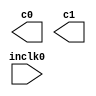
// megafunction wizard: %ALTPLL%VBB%
// GENERATION: STANDARD
// VERSION: WM1.0
// MODULE: altpll 

// ============================================================
// Megafunction Name(s):
// 			altpll
//
// Simulation Library Files(s):
// 			altera_mf
// ============================================================
// ************************************************************
// THIS IS A WIZARD-GENERATED FILE. DO NOT EDIT THIS FILE!
//
// 20.1.1 Build 720 11/11/2020 SJ Lite Edition
// ************************************************************

//Copyright (C) 2020  Intel Corporation. All rights reserved.
//Your use of Intel Corporation's design tools, logic functions 
//and other software and tools, and any partner logic 
//functions, and any output files from any of the foregoing 
//(including device programming or simulation files), and any 
//associated documentation or information are expressly subject 
//to the terms and conditions of the Intel Program License 
//Subscription Agreement, the Intel Quartus Prime License Agreement,
//the Intel FPGA IP License Agreement, or other applicable license
//agreement, including, without limitation, that your use is for
//the sole purpose of programming logic devices manufactured by
//Intel and sold by Intel or its authorized distributors.  Please
//refer to the applicable agreement for further details, at
//https://fpgasoftware.intel.com/eula.

module mem_pll (
	inclk0,
	c0,
	c1);

	input	  inclk0;
	output	  c0;
	output	  c1;

endmodule

// ============================================================
// CNX file retrieval info
// ============================================================
// Retrieval info: PRIVATE: ACTIVECLK_CHECK STRING "0"
// Retrieval info: PRIVATE: BANDWIDTH STRING "1.000"
// Retrieval info: PRIVATE: BANDWIDTH_FEATURE_ENABLED STRING "1"
// Retrieval info: PRIVATE: BANDWIDTH_FREQ_UNIT STRING "MHz"
// Retrieval info: PRIVATE: BANDWIDTH_PRESET STRING "Low"
// Retrieval info: PRIVATE: BANDWIDTH_USE_AUTO STRING "1"
// Retrieval info: PRIVATE: BANDWIDTH_USE_PRESET STRING "0"
// Retrieval info: PRIVATE: CLKBAD_SWITCHOVER_CHECK STRING "0"
// Retrieval info: PRIVATE: CLKLOSS_CHECK STRING "0"
// Retrieval info: PRIVATE: CLKSWITCH_CHECK STRING "0"
// Retrieval info: PRIVATE: CNX_NO_COMPENSATE_RADIO STRING "0"
// Retrieval info: PRIVATE: CREATE_CLKBAD_CHECK STRING "0"
// Retrieval info: PRIVATE: CREATE_INCLK1_CHECK STRING "0"
// Retrieval info: PRIVATE: CUR_DEDICATED_CLK STRING "c0"
// Retrieval info: PRIVATE: CUR_FBIN_CLK STRING "c0"
// Retrieval info: PRIVATE: DEVICE_SPEED_GRADE STRING "Any"
// Retrieval info: PRIVATE: DIV_FACTOR0 NUMERIC "1"
// Retrieval info: PRIVATE: DIV_FACTOR1 NUMERIC "1"
// Retrieval info: PRIVATE: DUTY_CYCLE0 STRING "50.00000000"
// Retrieval info: PRIVATE: DUTY_CYCLE1 STRING "50.00000000"
// Retrieval info: PRIVATE: EFF_OUTPUT_FREQ_VALUE0 STRING "80.000000"
// Retrieval info: PRIVATE: EFF_OUTPUT_FREQ_VALUE1 STRING "80.000000"
// Retrieval info: PRIVATE: EXPLICIT_SWITCHOVER_COUNTER STRING "0"
// Retrieval info: PRIVATE: EXT_FEEDBACK_RADIO STRING "0"
// Retrieval info: PRIVATE: GLOCKED_COUNTER_EDIT_CHANGED STRING "1"
// Retrieval info: PRIVATE: GLOCKED_FEATURE_ENABLED STRING "0"
// Retrieval info: PRIVATE: GLOCKED_MODE_CHECK STRING "0"
// Retrieval info: PRIVATE: GLOCK_COUNTER_EDIT NUMERIC "1048575"
// Retrieval info: PRIVATE: HAS_MANUAL_SWITCHOVER STRING "1"
// Retrieval info: PRIVATE: INCLK0_FREQ_EDIT STRING "50.000"
// Retrieval info: PRIVATE: INCLK0_FREQ_UNIT_COMBO STRING "MHz"
// Retrieval info: PRIVATE: INCLK1_FREQ_EDIT STRING "100.000"
// Retrieval info: PRIVATE: INCLK1_FREQ_EDIT_CHANGED STRING "1"
// Retrieval info: PRIVATE: INCLK1_FREQ_UNIT_CHANGED STRING "1"
// Retrieval info: PRIVATE: INCLK1_FREQ_UNIT_COMBO STRING "MHz"
// Retrieval info: PRIVATE: INTENDED_DEVICE_FAMILY STRING "Cyclone IV E"
// Retrieval info: PRIVATE: INT_FEEDBACK__MODE_RADIO STRING "1"
// Retrieval info: PRIVATE: LOCKED_OUTPUT_CHECK STRING "0"
// Retrieval info: PRIVATE: LONG_SCAN_RADIO STRING "1"
// Retrieval info: PRIVATE: LVDS_MODE_DATA_RATE STRING "Not Available"
// Retrieval info: PRIVATE: LVDS_MODE_DATA_RATE_DIRTY NUMERIC "0"
// Retrieval info: PRIVATE: LVDS_PHASE_SHIFT_UNIT0 STRING "deg"
// Retrieval info: PRIVATE: LVDS_PHASE_SHIFT_UNIT1 STRING "ps"
// Retrieval info: PRIVATE: MIG_DEVICE_SPEED_GRADE STRING "Any"
// Retrieval info: PRIVATE: MIRROR_CLK0 STRING "0"
// Retrieval info: PRIVATE: MIRROR_CLK1 STRING "0"
// Retrieval info: PRIVATE: MULT_FACTOR0 NUMERIC "1"
// Retrieval info: PRIVATE: MULT_FACTOR1 NUMERIC "1"
// Retrieval info: PRIVATE: NORMAL_MODE_RADIO STRING "1"
// Retrieval info: PRIVATE: OUTPUT_FREQ0 STRING "80.00000000"
// Retrieval info: PRIVATE: OUTPUT_FREQ1 STRING "80.00000000"
// Retrieval info: PRIVATE: OUTPUT_FREQ_MODE0 STRING "1"
// Retrieval info: PRIVATE: OUTPUT_FREQ_MODE1 STRING "1"
// Retrieval info: PRIVATE: OUTPUT_FREQ_UNIT0 STRING "MHz"
// Retrieval info: PRIVATE: OUTPUT_FREQ_UNIT1 STRING "MHz"
// Retrieval info: PRIVATE: PHASE_RECONFIG_FEATURE_ENABLED STRING "1"
// Retrieval info: PRIVATE: PHASE_RECONFIG_INPUTS_CHECK STRING "0"
// Retrieval info: PRIVATE: PHASE_SHIFT0 STRING "0.00000000"
// Retrieval info: PRIVATE: PHASE_SHIFT1 STRING "-50.00000000"
// Retrieval info: PRIVATE: PHASE_SHIFT_STEP_ENABLED_CHECK STRING "0"
// Retrieval info: PRIVATE: PHASE_SHIFT_UNIT0 STRING "deg"
// Retrieval info: PRIVATE: PHASE_SHIFT_UNIT1 STRING "deg"
// Retrieval info: PRIVATE: PLL_ADVANCED_PARAM_CHECK STRING "0"
// Retrieval info: PRIVATE: PLL_ARESET_CHECK STRING "0"
// Retrieval info: PRIVATE: PLL_AUTOPLL_CHECK NUMERIC "1"
// Retrieval info: PRIVATE: PLL_ENHPLL_CHECK NUMERIC "0"
// Retrieval info: PRIVATE: PLL_FASTPLL_CHECK NUMERIC "0"
// Retrieval info: PRIVATE: PLL_FBMIMIC_CHECK STRING "0"
// Retrieval info: PRIVATE: PLL_LVDS_PLL_CHECK NUMERIC "0"
// Retrieval info: PRIVATE: PLL_PFDENA_CHECK STRING "0"
// Retrieval info: PRIVATE: PLL_TARGET_HARCOPY_CHECK NUMERIC "0"
// Retrieval info: PRIVATE: PRIMARY_CLK_COMBO STRING "inclk0"
// Retrieval info: PRIVATE: RECONFIG_FILE STRING "mem_pll.mif"
// Retrieval info: PRIVATE: SACN_INPUTS_CHECK STRING "0"
// Retrieval info: PRIVATE: SCAN_FEATURE_ENABLED STRING "1"
// Retrieval info: PRIVATE: SELF_RESET_LOCK_LOSS STRING "0"
// Retrieval info: PRIVATE: SHORT_SCAN_RADIO STRING "0"
// Retrieval info: PRIVATE: SPREAD_FEATURE_ENABLED STRING "0"
// Retrieval info: PRIVATE: SPREAD_FREQ STRING "50.000"
// Retrieval info: PRIVATE: SPREAD_FREQ_UNIT STRING "KHz"
// Retrieval info: PRIVATE: SPREAD_PERCENT STRING "0.500"
// Retrieval info: PRIVATE: SPREAD_USE STRING "0"
// Retrieval info: PRIVATE: SRC_SYNCH_COMP_RADIO STRING "0"
// Retrieval info: PRIVATE: STICKY_CLK0 STRING "1"
// Retrieval info: PRIVATE: STICKY_CLK1 STRING "1"
// Retrieval info: PRIVATE: SWITCHOVER_COUNT_EDIT NUMERIC "1"
// Retrieval info: PRIVATE: SWITCHOVER_FEATURE_ENABLED STRING "1"
// Retrieval info: PRIVATE: SYNTH_WRAPPER_GEN_POSTFIX STRING "0"
// Retrieval info: PRIVATE: USE_CLK0 STRING "1"
// Retrieval info: PRIVATE: USE_CLK1 STRING "1"
// Retrieval info: PRIVATE: USE_CLKENA0 STRING "0"
// Retrieval info: PRIVATE: USE_CLKENA1 STRING "0"
// Retrieval info: PRIVATE: USE_MIL_SPEED_GRADE NUMERIC "0"
// Retrieval info: PRIVATE: ZERO_DELAY_RADIO STRING "0"
// Retrieval info: LIBRARY: altera_mf altera_mf.altera_mf_components.all
// Retrieval info: CONSTANT: BANDWIDTH_TYPE STRING "AUTO"
// Retrieval info: CONSTANT: CLK0_DIVIDE_BY NUMERIC "5"
// Retrieval info: CONSTANT: CLK0_DUTY_CYCLE NUMERIC "50"
// Retrieval info: CONSTANT: CLK0_MULTIPLY_BY NUMERIC "8"
// Retrieval info: CONSTANT: CLK0_PHASE_SHIFT STRING "0"
// Retrieval info: CONSTANT: CLK1_DIVIDE_BY NUMERIC "5"
// Retrieval info: CONSTANT: CLK1_DUTY_CYCLE NUMERIC "50"
// Retrieval info: CONSTANT: CLK1_MULTIPLY_BY NUMERIC "8"
// Retrieval info: CONSTANT: CLK1_PHASE_SHIFT STRING "-1736"
// Retrieval info: CONSTANT: COMPENSATE_CLOCK STRING "CLK0"
// Retrieval info: CONSTANT: INCLK0_INPUT_FREQUENCY NUMERIC "20000"
// Retrieval info: CONSTANT: INTENDED_DEVICE_FAMILY STRING "Cyclone IV E"
// Retrieval info: CONSTANT: LPM_TYPE STRING "altpll"
// Retrieval info: CONSTANT: OPERATION_MODE STRING "NORMAL"
// Retrieval info: CONSTANT: PLL_TYPE STRING "AUTO"
// Retrieval info: CONSTANT: PORT_ACTIVECLOCK STRING "PORT_UNUSED"
// Retrieval info: CONSTANT: PORT_ARESET STRING "PORT_UNUSED"
// Retrieval info: CONSTANT: PORT_CLKBAD0 STRING "PORT_UNUSED"
// Retrieval info: CONSTANT: PORT_CLKBAD1 STRING "PORT_UNUSED"
// Retrieval info: CONSTANT: PORT_CLKLOSS STRING "PORT_UNUSED"
// Retrieval info: CONSTANT: PORT_CLKSWITCH STRING "PORT_UNUSED"
// Retrieval info: CONSTANT: PORT_CONFIGUPDATE STRING "PORT_UNUSED"
// Retrieval info: CONSTANT: PORT_FBIN STRING "PORT_UNUSED"
// Retrieval info: CONSTANT: PORT_INCLK0 STRING "PORT_USED"
// Retrieval info: CONSTANT: PORT_INCLK1 STRING "PORT_UNUSED"
// Retrieval info: CONSTANT: PORT_LOCKED STRING "PORT_UNUSED"
// Retrieval info: CONSTANT: PORT_PFDENA STRING "PORT_UNUSED"
// Retrieval info: CONSTANT: PORT_PHASECOUNTERSELECT STRING "PORT_UNUSED"
// Retrieval info: CONSTANT: PORT_PHASEDONE STRING "PORT_UNUSED"
// Retrieval info: CONSTANT: PORT_PHASESTEP STRING "PORT_UNUSED"
// Retrieval info: CONSTANT: PORT_PHASEUPDOWN STRING "PORT_UNUSED"
// Retrieval info: CONSTANT: PORT_PLLENA STRING "PORT_UNUSED"
// Retrieval info: CONSTANT: PORT_SCANACLR STRING "PORT_UNUSED"
// Retrieval info: CONSTANT: PORT_SCANCLK STRING "PORT_UNUSED"
// Retrieval info: CONSTANT: PORT_SCANCLKENA STRING "PORT_UNUSED"
// Retrieval info: CONSTANT: PORT_SCANDATA STRING "PORT_UNUSED"
// Retrieval info: CONSTANT: PORT_SCANDATAOUT STRING "PORT_UNUSED"
// Retrieval info: CONSTANT: PORT_SCANDONE STRING "PORT_UNUSED"
// Retrieval info: CONSTANT: PORT_SCANREAD STRING "PORT_UNUSED"
// Retrieval info: CONSTANT: PORT_SCANWRITE STRING "PORT_UNUSED"
// Retrieval info: CONSTANT: PORT_clk0 STRING "PORT_USED"
// Retrieval info: CONSTANT: PORT_clk1 STRING "PORT_USED"
// Retrieval info: CONSTANT: PORT_clk2 STRING "PORT_UNUSED"
// Retrieval info: CONSTANT: PORT_clk3 STRING "PORT_UNUSED"
// Retrieval info: CONSTANT: PORT_clk4 STRING "PORT_UNUSED"
// Retrieval info: CONSTANT: PORT_clk5 STRING "PORT_UNUSED"
// Retrieval info: CONSTANT: PORT_clkena0 STRING "PORT_UNUSED"
// Retrieval info: CONSTANT: PORT_clkena1 STRING "PORT_UNUSED"
// Retrieval info: CONSTANT: PORT_clkena2 STRING "PORT_UNUSED"
// Retrieval info: CONSTANT: PORT_clkena3 STRING "PORT_UNUSED"
// Retrieval info: CONSTANT: PORT_clkena4 STRING "PORT_UNUSED"
// Retrieval info: CONSTANT: PORT_clkena5 STRING "PORT_UNUSED"
// Retrieval info: CONSTANT: PORT_extclk0 STRING "PORT_UNUSED"
// Retrieval info: CONSTANT: PORT_extclk1 STRING "PORT_UNUSED"
// Retrieval info: CONSTANT: PORT_extclk2 STRING "PORT_UNUSED"
// Retrieval info: CONSTANT: PORT_extclk3 STRING "PORT_UNUSED"
// Retrieval info: CONSTANT: WIDTH_CLOCK NUMERIC "5"
// Retrieval info: USED_PORT: @clk 0 0 5 0 OUTPUT_CLK_EXT VCC "@clk[4..0]"
// Retrieval info: USED_PORT: c0 0 0 0 0 OUTPUT_CLK_EXT VCC "c0"
// Retrieval info: USED_PORT: c1 0 0 0 0 OUTPUT_CLK_EXT VCC "c1"
// Retrieval info: USED_PORT: inclk0 0 0 0 0 INPUT_CLK_EXT GND "inclk0"
// Retrieval info: CONNECT: @inclk 0 0 1 1 GND 0 0 0 0
// Retrieval info: CONNECT: @inclk 0 0 1 0 inclk0 0 0 0 0
// Retrieval info: CONNECT: c0 0 0 0 0 @clk 0 0 1 0
// Retrieval info: CONNECT: c1 0 0 0 0 @clk 0 0 1 1
// Retrieval info: GEN_FILE: TYPE_NORMAL mem_pll.v TRUE
// Retrieval info: GEN_FILE: TYPE_NORMAL mem_pll.ppf TRUE
// Retrieval info: GEN_FILE: TYPE_NORMAL mem_pll.inc FALSE
// Retrieval info: GEN_FILE: TYPE_NORMAL mem_pll.cmp FALSE
// Retrieval info: GEN_FILE: TYPE_NORMAL mem_pll.bsf FALSE
// Retrieval info: GEN_FILE: TYPE_NORMAL mem_pll_inst.v FALSE
// Retrieval info: GEN_FILE: TYPE_NORMAL mem_pll_bb.v TRUE
// Retrieval info: LIB_FILE: altera_mf
// Retrieval info: CBX_MODULE_PREFIX: ON